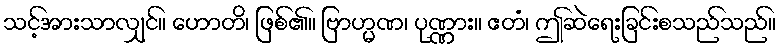
သင့်အားသာလျှင်။ ဟောတိ၊ ဖြစ်၏။ ဗြာဟ္မဏ၊ ပုဏ္ဏား။ ဧတံ၊ ဤဆဲရေးခြင်းစသည်သည်။